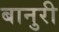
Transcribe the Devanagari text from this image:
बानुरी